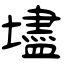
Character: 壗